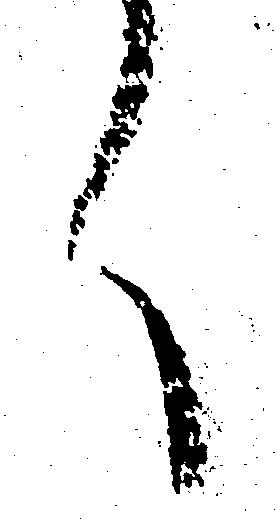
く